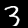
Digit: 3